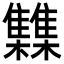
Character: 𮦂